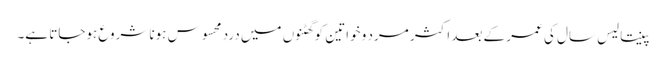
پینتالیس سال کی عمر کے بعد اکثر مرد و خواتین کو گھٹنوں میں درد محسوس ہونا شروع ہوجاتا ہے۔